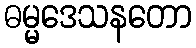
ဓမ္မဒေသနတော